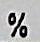
%